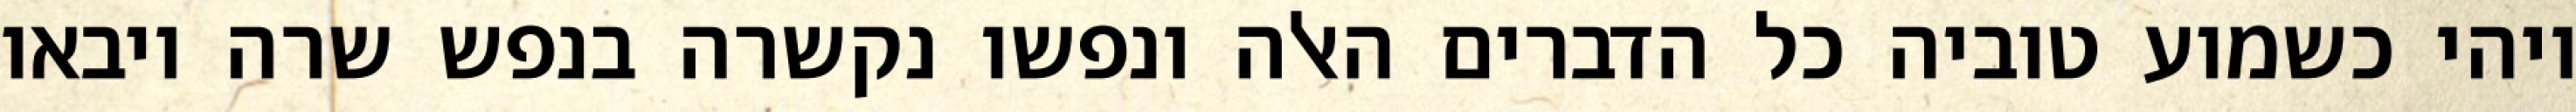
ויהי כשמוע טוביה כל הדברים האלה ונפשו נקשרה בנפש שרה ויבאו